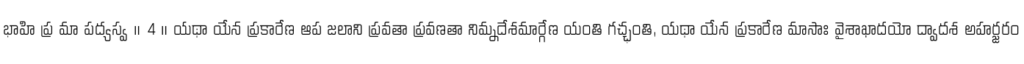
భాహి ప్ర మా పద్యస్వ ॥ 4 ॥ యథా యేన ప్రకారేణ ఆప జలాని ప్రవతా ప్రవణతా నిమ్నదేశమార్గేణ యంతి గచ్ఛంతి, యథా యేన ప్రకారేణ మాసాః వైశాఖాదయో ద్వాదశ అహర్జరం